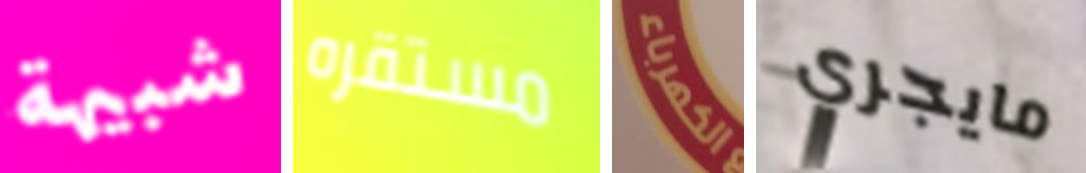
شبيهة مستقره الكهرباء مايجري